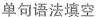
单句语法填空